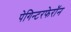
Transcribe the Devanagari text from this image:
पेगिन्टरफेरॉन